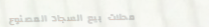
محلات بيع السجاد المصنوع